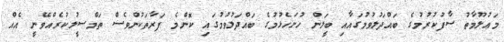
މަޢުލޫމާތު ސާފުކުރުމުގެ ބައްދަލުވުމުގައާއި ބީލަން ހުށަހެޅުމުގެ ބައްދަލުވުމުގައި ކޮންމެ ފަރާތަކުންވެސް ތަމްސީލުކުރެއްވޭނީ އެއް